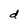
Character: d